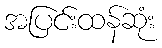
အပြင်းထန်ဆုံး